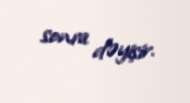
sonra dəyişir.